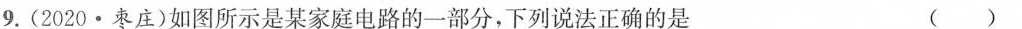
9.(2020·枣庄)如图所示是某家庭电路的一部分，下列说法正确的是 ()